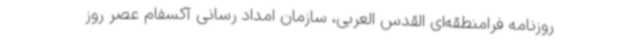
روزنامه فرامنطقه‌ای القدس العربی، سازمان امداد رسانی آکسفام عصر روز